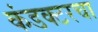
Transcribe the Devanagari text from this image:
कंडक्टरचा